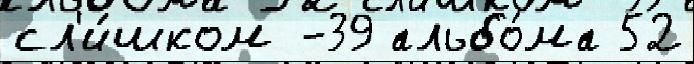
сл'и́шком -39 альбо́ма 52